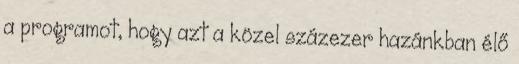
a programot, hogy azt a közel százezer hazánkban élő